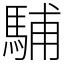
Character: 䮒